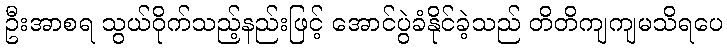
ဦးအာစရ သွယ်ဝိုက်သည့်နည်းဖြင့် အောင်ပွဲခံနိုင်ခဲ့သည် တိတိကျကျမသိရပေ